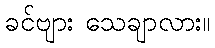
ခင်ဗျား သေချာလား။